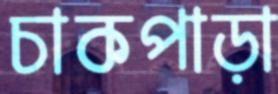
চাকপাড়া